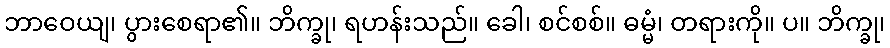
ဘာဝေယျ၊ ပွားစေရာ၏။ ဘိက္ခု၊ ရဟန်းသည်။ ခေါ၊ စင်စစ်။ ဓမ္မံ၊ တရားကို။ ပ။ ဘိက္ခု၊